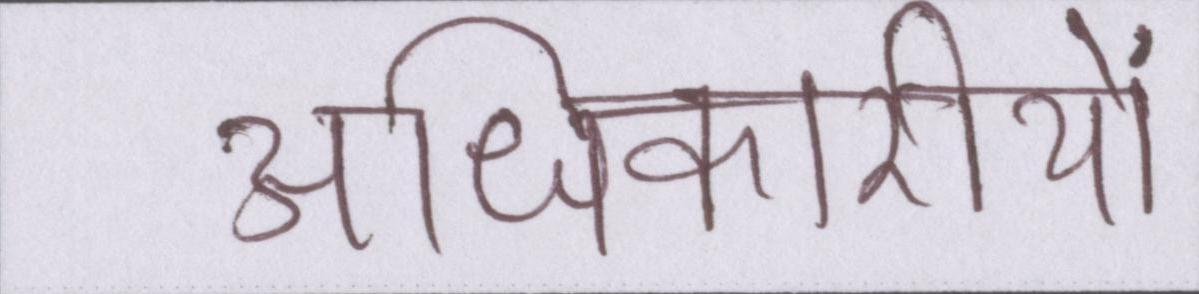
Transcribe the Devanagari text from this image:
अधिकारीयों